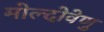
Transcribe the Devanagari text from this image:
मोल्दोवेणु